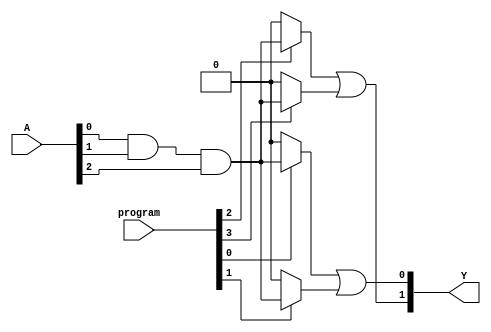
module SPAL (
    input wire [N-1:0] A,          // Inputs A, B, C, etc.
    input wire [M-1:0] program,     // Programming signals to configure the AND gates
    output wire [P-1:0] Y           // Outputs
);

// Parameters to define the size of inputs and outputs
parameter N = 3; // Number of inputs
parameter M = 8; // Number of programmable connections (AND gates)
parameter P = 2; // Number of outputs

// Internal wires for AND gate outputs
wire [M-1:0] and_out; 

// Programmable AND gates
genvar i;
generate
    for (i = 0; i < M; i = i + 1) begin : and_gates
        assign and_out[i] = program[i] ? (A[0] & A[1] & A[2]) : 1'b0; // Example of AND gate logic
    end
endgenerate

// Fixed OR array combining the outputs of the AND gates
assign Y[0] = and_out[0] | and_out[1]; // Example of OR logic for output Y0
assign Y[1] = and_out[2] | and_out[3]; // Example of OR logic for output Y1

endmodule